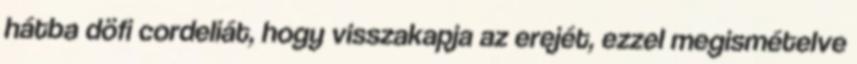
hátba döfi cordeliát, hogy visszakapja az erejét, ezzel megismételve